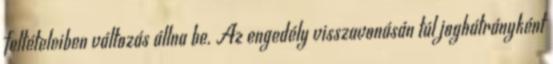
feltételeiben változás állna be. Az engedély visszavonásán túl joghátrányként